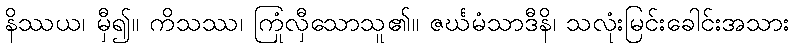
နိဿယ၊ မှီ၍။ ကိသဿ၊ ကြုံလှီသောသူ၏။ ဇင်္ဃမံသာဒီနိ၊ သလုံးမြင်းခေါင်းအသား